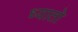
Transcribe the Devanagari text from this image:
ध्यातो